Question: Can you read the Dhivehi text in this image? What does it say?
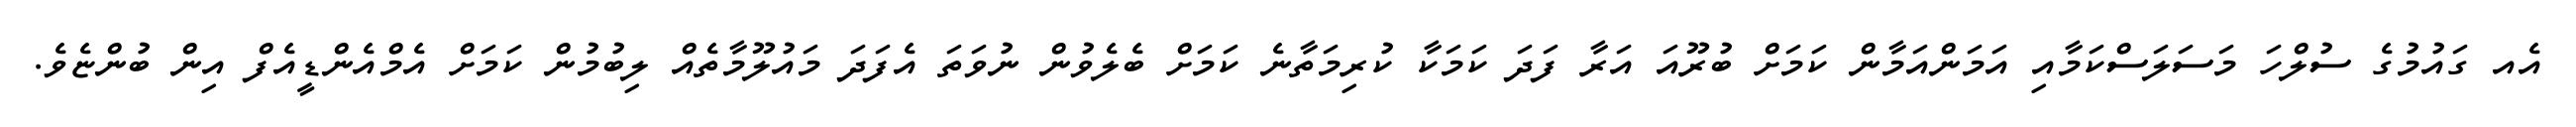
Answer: އެއ ގައުމުގެ ސުލްހަ މަސަލަސްކަމާއި އަމަންއަމާން ކަމަށް ބުރޫއަ އަރާ ފަދަ ކަމަކާ ކުރިމަތާނެ ކަމަށް ބެލެވުން ނުވަތަ އެފަދަ މައުލޫމާތެއް ލިބުމުން ކަމަށް އެމްއެންޑީއެފް އިން ބުންޏެވެ.